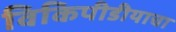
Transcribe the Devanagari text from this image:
विकिपीडीयाचा